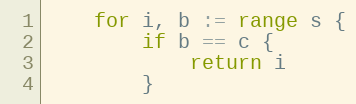
Language: Go
	for i, b := range s {
		if b == c {
			return i
		}